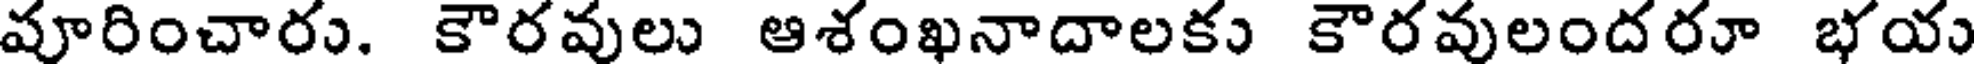
వూరించారు. కౌరవులు ఆశంఖనాదాలకు కౌరవులందరూ భయు